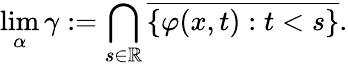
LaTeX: \operatorname*{lim}_{\alpha}\gamma:=\bigcap_{s\in\mathbb{R}}{\overline{{\{ \varphi(x,t):t<s\} }}}.